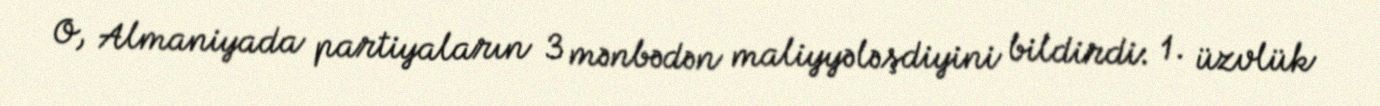
O, Almaniyada partiyaların 3 mənbədən maliyyələşdiyini bildirdi: 1. üzvlük